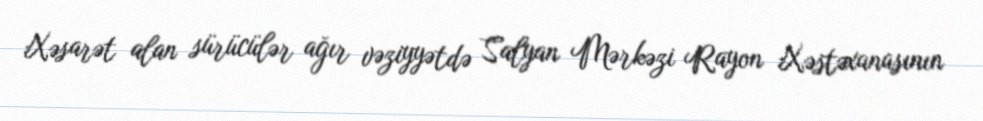
Xəsarət alan sürücülər ağır vəziyyətdə Salyan Mərkəzi Rayon Xəstəxanasının